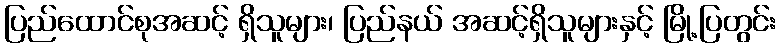
ပြည်ထောင်စုအဆင့် ရှိသူများ၊ ပြည်နယ် အဆင့်ရှိသူများနှင့် မြို့ပြတွင်း